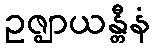
ဥဇ္ဈာယန္တီနံ